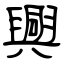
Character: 興